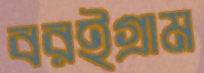
বরইগ্রাম